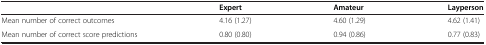
<table><thead><tr><td><b> </b></td><td><b>Expert</b></td><td><b>Amateur</b></td><td><b>Layperson</b></td></tr></thead><tbody><tr><td>Mean number of correct outcomes</td><td>4.16 (1.27)</td><td>4.60 (1.29)</td><td>4.62 (1.41)</td></tr><tr><td>Mean number of correct score predictions</td><td>0.80 (0.80)</td><td>0.94 (0.86)</td><td>0.77 (0.83)</td></tr></tbody></table>